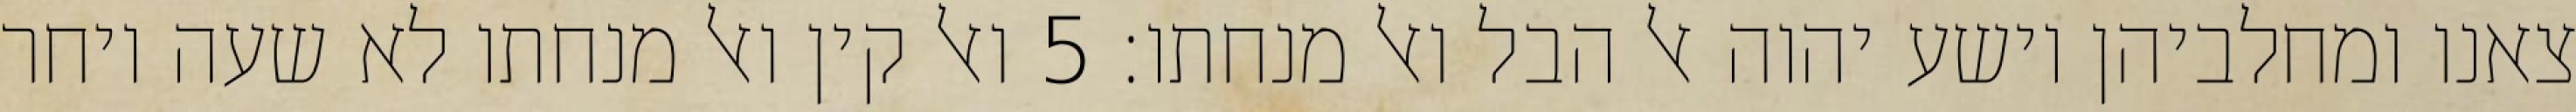
צאנו ומחלביהן וישע יהוה אל הבל ואל מנחתו׃ ‎5‏ ואל קין ואל מנחתו לא שעה ויחר